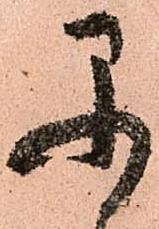
早